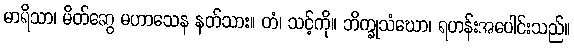
မာရိသာ၊ မိတ်ဆွေ မဟာသေန နတ်သား။ တံ၊ သင့်ကို။ ဘိက္ခုသံဃော၊ ရဟန်းအပေါင်းသည်။